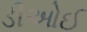
ડીઓઈ